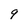
Character: 9